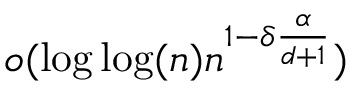
o ( \log \log ( n ) n ^ { 1 - \delta \frac { \alpha } { d + 1 } } )